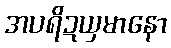
အပရိဍယှမာနော